Lunatic asylums Punjab 1868-1880 - 1868-1880
Year: 1868
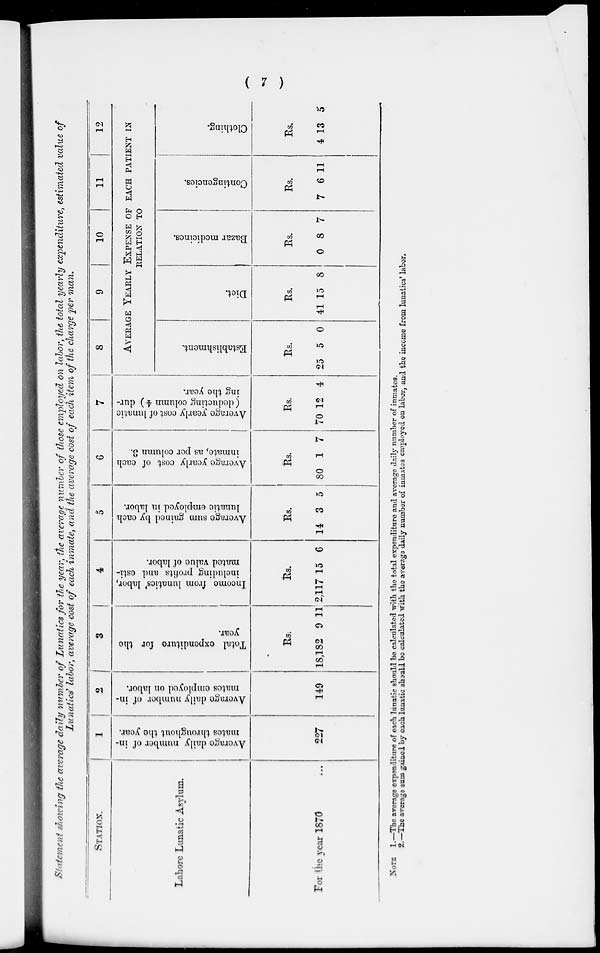
( 7 )
Statement showing the average daily number of Lunatics for the year, the average number of those employed on labor, the total yearly expenditure, estimated value of
Lunatics' labor, average cost of each inmate, and the average cost of each item of the charge per man.
STATION.
Labore Lunatic Asylum.
For the year 1870 ...
1
Average
daily number
of
mates
throughout the year.
227
2
Avernge
daily number
of
mates employed on labor.
149
3
Total expenditure for the
year.
Rs.
18,182 9 11
4
Income
from lunatics' labor,
including profits and esti-
mated
value
of
labor.
Rs.
2,117 15 6
5
Average sum gained
by each
lunatic employed
in labor.
Rs.
14 3 5
6
Average yearly cost of each
inmate, as per column 3.
Rs.
80 1 7
7
Average yearly cost of lunatic
(deducting
column
ing the year.
Rs.
70 12 4
8
9
10
11
12
AVERAGE YEARLY EXPENSE OF EACH PATIENT IN
RELATION TO
Establishment.
Rs.
25 5 0
Diet.
Rs.
41 15 8
Bazar medicines.
Rs.
0 8 7
Contingencies.
Rs.
7 6 11
Clothing.
Rs.
4 13 5
NOTE 1.—The average expenditure of each lunatic should be calculated with the total expenditure and average daily number of inmates.
2.—The average sum gained by each lunatic should be calculated with the average daily number of inmates employed on labor, and the income from lunatics' labor.